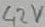
Text: 42V